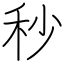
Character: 秒